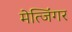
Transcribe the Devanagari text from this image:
मेत्जिंगर